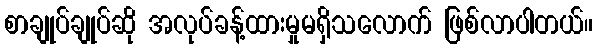
စာချုပ်ချုပ်ဆို အလုပ်ခန့်ထားမှုမရှိသလောက် ဖြစ်လာပါတယ်။